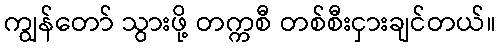
ကျွန်တော် သွားဖို့ တက္ကစီ တစ်စီးငှားချင်တယ်။